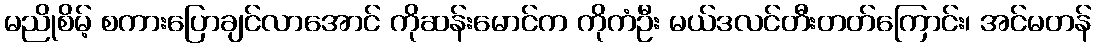
မညိုစိမ့် စကားပြောချင်လာအောင် ကိုဆန်းမောင်က ကိုကံဦး မယ်ဒလင်တီးတတ်ကြောင်း၊ အင်မတန်